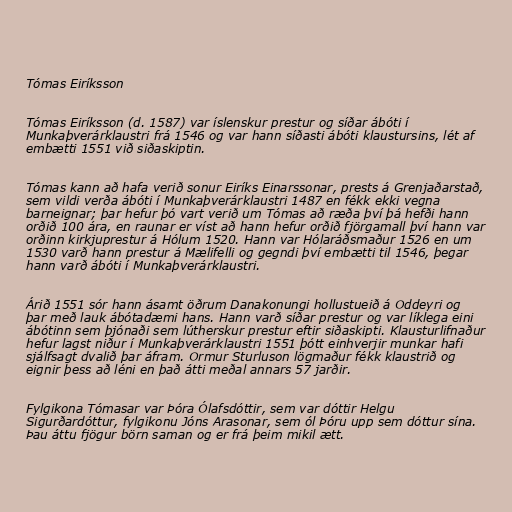
Tómas Eiríksson

Tómas Eiríksson (d. 1587) var íslenskur prestur og síðar ábóti í
Munkaþverárklaustri frá 1546 og var hann síðasti ábóti klaustursins, lét af
embætti 1551 við siðaskiptin.

Tómas kann að hafa verið sonur Eiríks Einarssonar, prests á Grenjaðarstað,
sem vildi verða ábóti í Munkaþverárklaustri 1487 en fékk ekki vegna
barneignar; þar hefur þó vart verið um Tómas að ræða því þá hefði hann
orðið 100 ára, en raunar er víst að hann hefur orðið fjörgamall því hann var
orðinn kirkjuprestur á Hólum 1520. Hann var Hólaráðsmaður 1526 en um
1530 varð hann prestur á Mælifelli og gegndi því embætti til 1546, þegar
hann varð ábóti í Munkaþverárklaustri.

Árið 1551 sór hann ásamt öðrum Danakonungi hollustueið á Oddeyri og
þar með lauk ábótadæmi hans. Hann varð síðar prestur og var líklega eini
ábótinn sem þjónaði sem lútherskur prestur eftir siðaskipti. Klausturlifnaður
hefur lagst niður í Munkaþverárklaustri 1551 þótt einhverjir munkar hafi
sjálfsagt dvalið þar áfram. Ormur Sturluson lögmaður fékk klaustrið og
eignir þess að léni en það átti meðal annars 57 jarðir.

Fylgikona Tómasar var Þóra Ólafsdóttir, sem var dóttir Helgu
Sigurðardóttur, fylgikonu Jóns Arasonar, sem ól Þóru upp sem dóttur sína.
Þau áttu fjögur börn saman og er frá þeim mikil ætt.